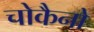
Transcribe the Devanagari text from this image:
चोकैनो